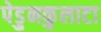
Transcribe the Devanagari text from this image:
पेडुनकुलाटा